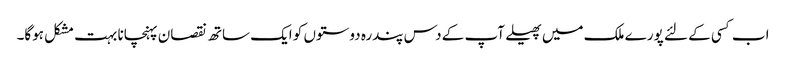
اب کسی کے لئے پورے ملک میں پھیلے آپ کے دس پندرہ دوستوں کو ایک ساتھ نقصان پہنچانا بہت مشکل ہوگا۔